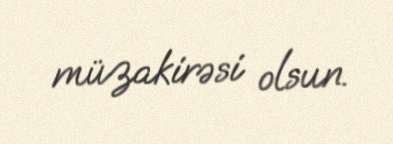
müzakirəsi olsun.